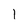
Character: 1